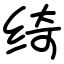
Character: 绮